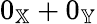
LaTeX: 0_{\mathbb{X}}+0_{\mathbb{Y}}